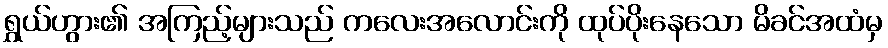
ရွှယ်ဟွား၏ အကြည့်များသည် ကလေးအလောင်းကို ထုပ်ပိုးနေသော မိခင်အထံမှ